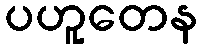
ပဟူတေန